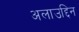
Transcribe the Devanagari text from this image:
अलाउद्दिन